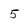
Character: 5